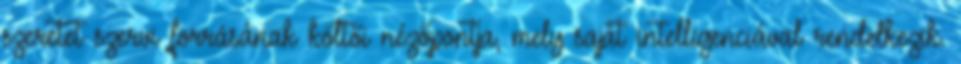
szeretet szervi forrásának költői nézőpontja, mely saját intelligenciával rendelkezik.